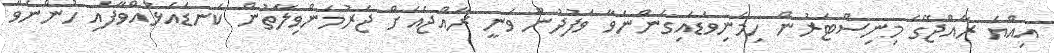
އިއްޔެ ރާއްޖޭގެ މިނިސްޓަރުން ހިމެނިވަޑައިގަންނަވާ ވަފުދުން ވަނީ ރާއްޖެއަށް ޖަރުމަންވިލާތުން ކަނޑައަޅުއްވާފައި ހުންނަވާ